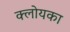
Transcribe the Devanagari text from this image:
क्लोयका